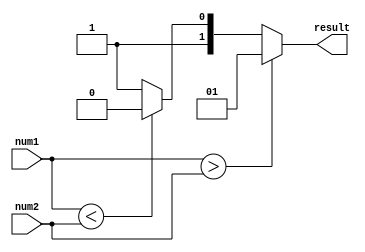
module serial_comparator (
    input [3:0] num1,
    input [3:0] num2,
    output reg [1:0] result
);

always @(*) begin
    if (num1 > num2)
        result = 2'b01; // num1 is greater than num2
    else if (num1 < num2)
        result = 2'b10; // num1 is less than num2
    else
        result = 2'b11; // num1 is equal to num2
end

endmodule